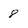
Character: 8